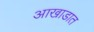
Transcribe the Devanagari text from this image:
आखाडात